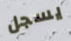
يسجل